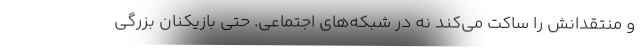
و منتقدانش را ساکت می‌کند نه در شبکه‌های اجتماعی. حتی بازیکنان بزرگی